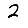
Digit: 2